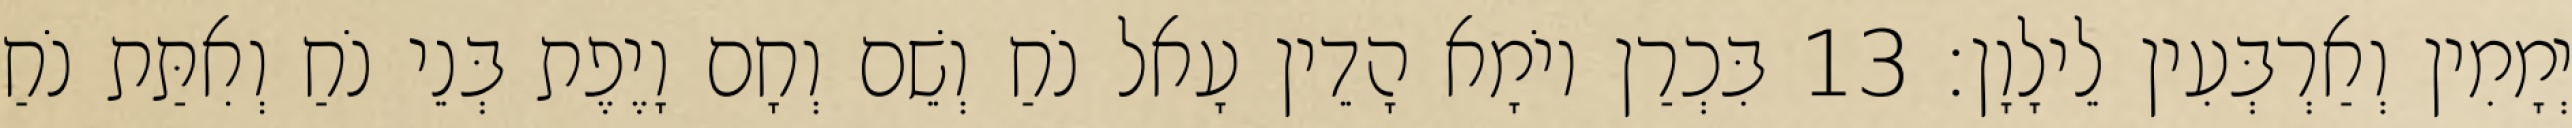
יְמָמִין וְאַרְבְּעִין לֵילָוָן׃ 13 בִּכְרַן יוֹמָא הָדֵין עָאל נֹחַ וְשֵׁם וְחָם וָיֶפֶת בְּנֵי נֹחַ וְאִתַּת נֹחַ